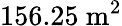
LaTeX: \mathrm{156.25~m^{2}}